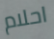
احلام